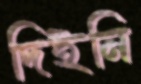
দিইনি